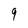
Character: 9